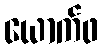
ယောက်ဖ